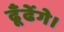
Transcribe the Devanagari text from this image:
ढूँढेंगे।